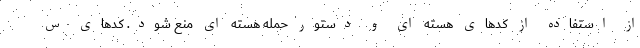
از استفاده از کدهای هسته ای و دستور حمله هسته ای منع شود. کدهای س